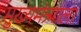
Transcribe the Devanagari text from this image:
मुख्यमंत्र्याला